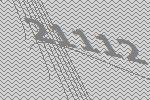
21112